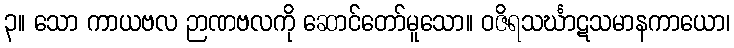
၃။ သော ကာယဗလ ဉာဏဗလကို ဆောင်တော်မူသော။ ဝဇိရသင်္ဃာဋသမာနကာယော၊